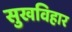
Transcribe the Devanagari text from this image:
सुखविहार